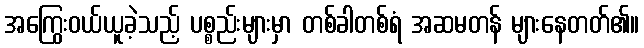
အကြွေးဝယ်ယူခဲ့သည့် ပစ္စည်းများမှာ တစ်ခါတစ်ရံ အဆမတန် များနေတတ်၏။